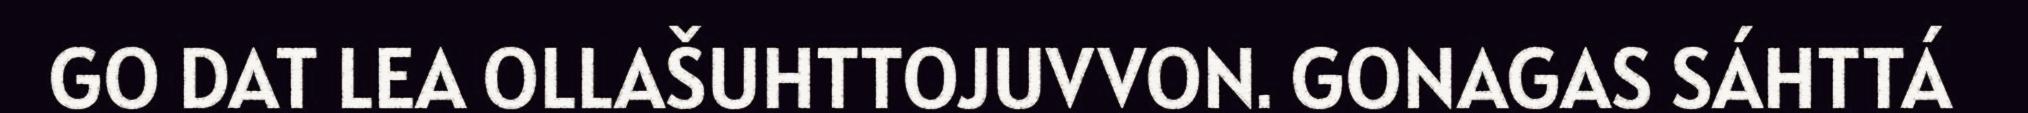
GO DAT LEA OLLAŠUHTTOJUVVON. GONAGAS SÁHTTÁ